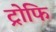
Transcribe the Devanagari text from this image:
ट्रोफि